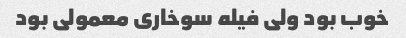
خوب بود ولی فیله سوخاری معمولی بود